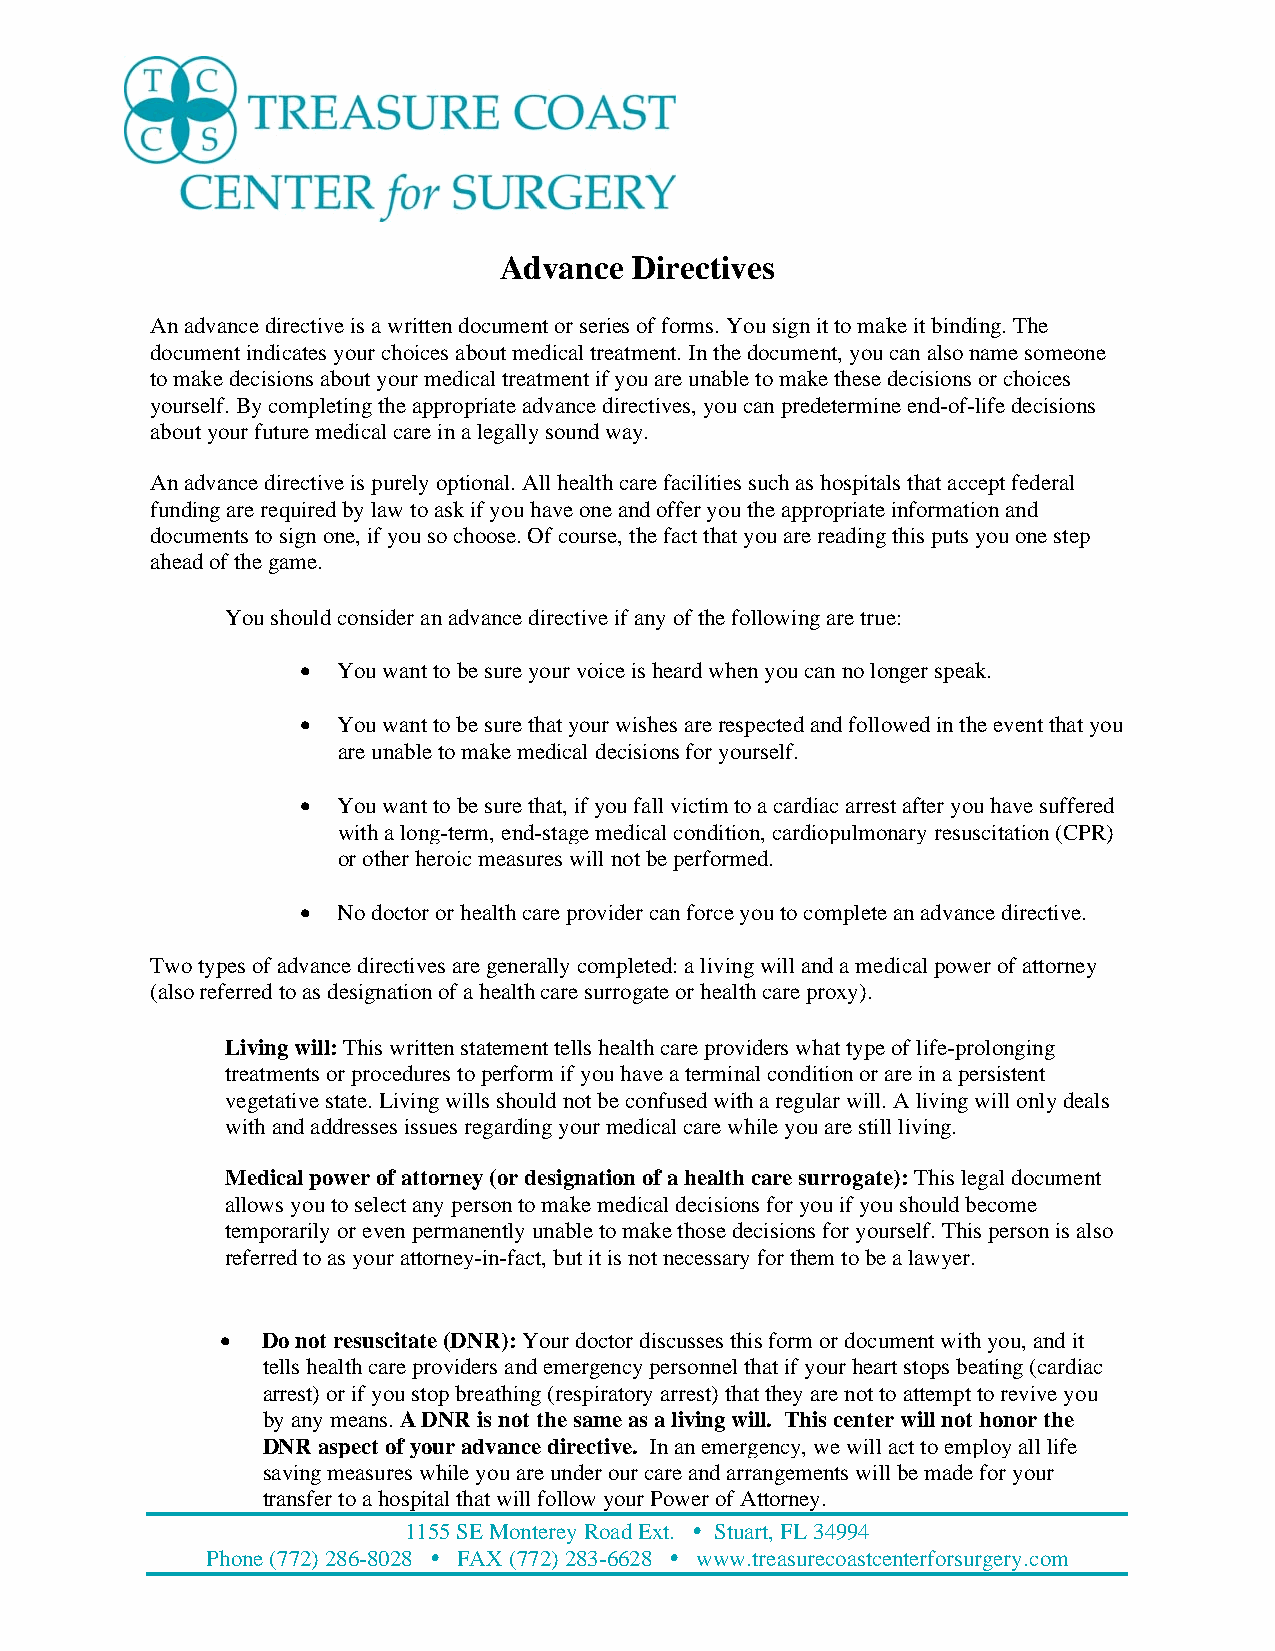
Advance  Directives
 An advance directive is a written document or series of forms. You sign it to make it binding. The
 document indicates your choices about medical treatment. In the document, you can also name someone
 to make decisions about your medical treatment if you are unable to make these decisions or choices
 yourself. By completing the appropriate advance directives, you can predetermine end-of-life decisions
 about your future medical care in a legally sound way.
 An advance directive is purely optional. All health care facilities such as hospitals that accept federal
 funding are required by law to ask if you have one and offer you the appropriate information and
 documents to sign one, if you so choose. Of course, the fact that you are reading this puts you one step
 ahead of the game.
 You should consider an advance directive if any of the following are true:
  You want to be sure your voice is heard when you can no longer speak.
  You want to be sure that your wishes are respected and followed in the event that you
 are unable to make medical decisions for yourself.
  You want to be sure that, if you fall victim to a cardiac arrest after you have suffered
 with a long-term, end-stage medical condition, cardiopulmonary resuscitation (CPR)
 or other heroic measures will not be performed.
  No doctor or health care provider can force you to complete an advance directive.
 Two types of advance directives are generally completed: a living will and a medical power of attorney
 (also referred to as designation of a health care surrogate or health care proxy).
 Living will: This written statement tells health care providers what type of life-prolonging
 treatments or procedures to perform if you have a terminal condition or are in a persistent
 vegetative state. Living wills should not be confused with a regular will. A living will only deals
 with and addresses issues regarding your medical care while you are still living.
 Medical power of attorney (or designation of a health care surrogate): This legal document
 allows you to select any person to make medical decisions for you if you should become
 temporarily or even permanently unable to make those decisions for yourself. This person is also
 referred to as your attorney-in-fact, but it is not necessary for them to be a lawyer.
  Do not resuscitate (DNR): Your doctor discusses this form or document with you, and it
 tells health care providers and emergency personnel that if your heart stops beating (cardiac
 arrest) or if you stop breathing (respiratory arrest) that they are not to attempt to revive you
 by any means. A DNR is not the same as a living will. This center will not honor the
 DNR aspect of your advance directive. In an emergency, we will act to employ all life
 saving measures while you are under our care and arrangements will be made for your
 transfer to a hospital that will follow your Power of Attorney.
 1155 SE Monterey Road Ext.  Stuart, FL 34994
 Phone (772) 286-8028  FAX (772) 283-6628  www.treasurecoastcenterforsurgery.com